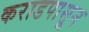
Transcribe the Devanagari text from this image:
कराडपासून